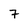
Character: 7